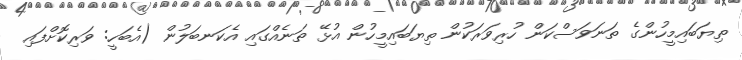
ތިޔަބައިމީހުންގެ ތަނަވަސްކަން ހުރިވަރަކުން ތިޔަބައިމީހުން އުޅޭ ތަނެއްގައި އެކަނބަލުން (އެބަހީ: ވަރިކޮށްފައި